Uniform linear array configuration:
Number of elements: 12
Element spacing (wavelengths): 0.75
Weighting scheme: binomial
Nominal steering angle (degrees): -45
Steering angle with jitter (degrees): -46.778
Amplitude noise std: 0.05
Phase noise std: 0.05

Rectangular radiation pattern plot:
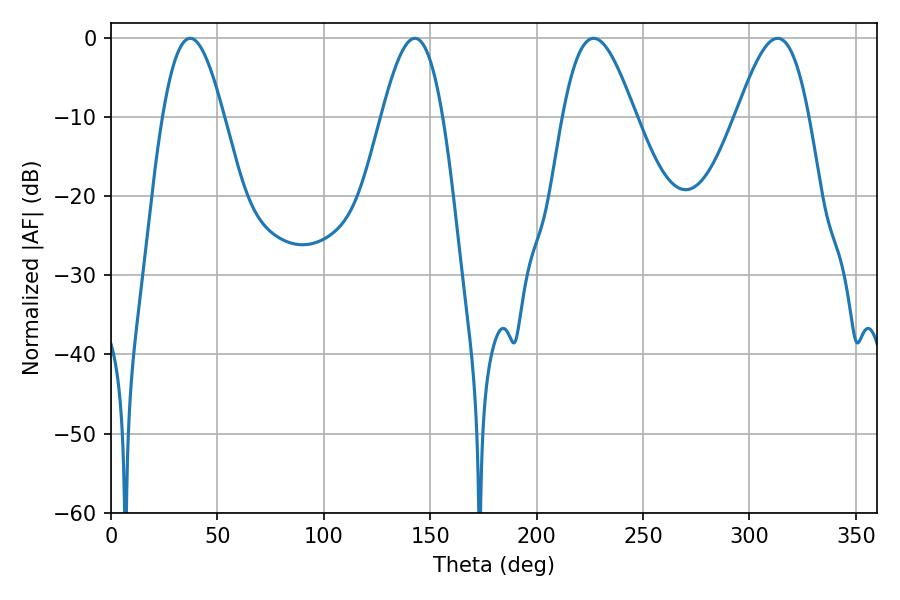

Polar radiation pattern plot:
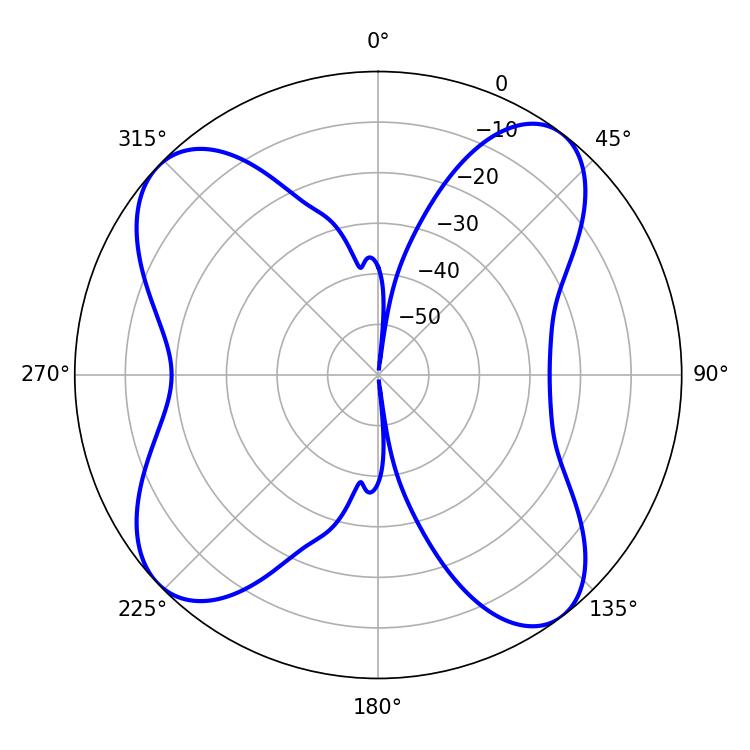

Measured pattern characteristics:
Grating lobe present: TRUE
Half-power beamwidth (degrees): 18.36
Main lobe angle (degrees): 226.8